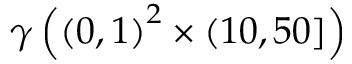
\gamma \left( \left( 0 , 1 \right) ^ { 2 } \times \left( 1 0 , 5 0 \right] \right)